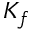
K _ { f }